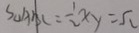
S \Delta A B C = \frac { 1 } { 2 } x y = 5